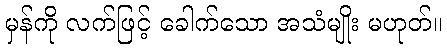
မှန်ကို လက်ဖြင့် ခေါက်သော အသံမျိုး မဟုတ်။